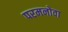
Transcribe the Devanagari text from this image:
परमनोवा